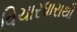
વિચારધારાથી